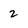
Character: 2